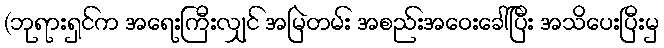
(ဘုရားရှင်က အရေးကြီးလျှင် အမြဲတမ်း အစည်းအဝေးခေါ်ပြီး အသိပေးပြီးမှ